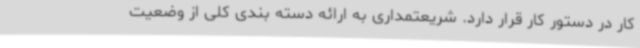
کار در دستور کار قرار دارد. شریعتمداری به ارائه دسته بندی کلی از وضعیت